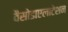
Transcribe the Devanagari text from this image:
वैसोडाएलाटेशन